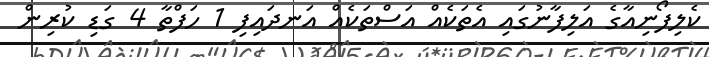
ކެލިފޯނިއާގެ އަލިފާނުގައި އެތަކެއް އަސްތަކެއް އަނދައިފި 1 ހަފްތާ 4 ގަޑި ކުރިން